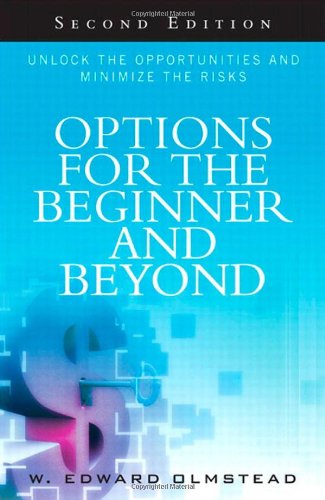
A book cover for Options for the Beginner and Beyond: Unlock the Opportunities and Minimize the Risks (2nd Edition); W. Olmstead; Business & Money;